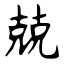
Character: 兢